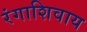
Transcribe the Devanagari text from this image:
रंगाशिवाय